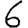
Digit: 6